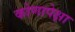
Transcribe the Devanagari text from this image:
कोणापेक्षा